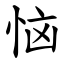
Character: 恼